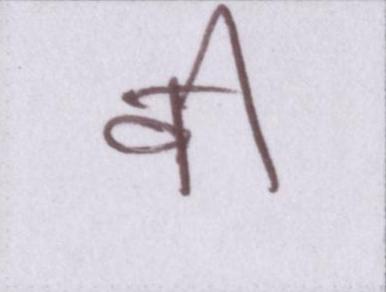
वी